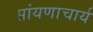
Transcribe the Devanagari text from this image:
सांयणाचार्य